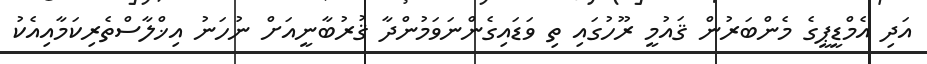
އަދި އެމްޑީޕީގެ މެންބަރުން ޤައުމީ ރޫހުގައި ތި ވަޑައިގެންނަވަމުންދާ ޤުރުބާނީއަށް ނުހަނު އިޚްލާސްތެރިކަމާއިއެކު